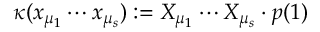
\kappa ( x _ { \mu _ { 1 } } \cdots x _ { \mu _ { s } } ) : = X _ { \mu _ { 1 } } \cdots X _ { \mu _ { s } } \cdot p ( 1 )